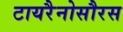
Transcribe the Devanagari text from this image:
टायरैनोसौरस